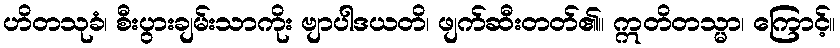
ဟိတသုခံ၊ စီးပွားချမ်းသာကိုး ဗျာပါဒယတိ၊ ဖျက်ဆီးတတ်၏။ ဣတိတသ္မာ၊ ကြောင့်။